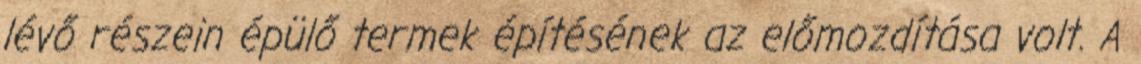
lévő részein épülő termek építésének az előmozdítása volt. A